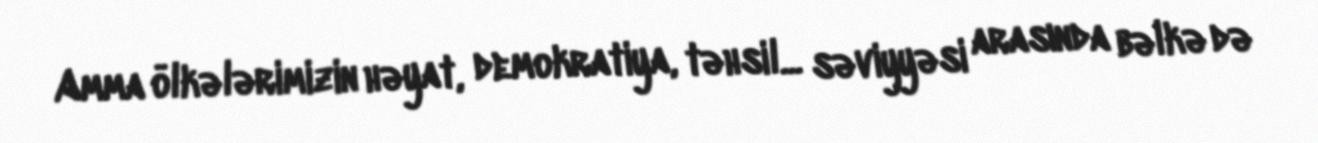
Amma ölkələrimizin həyat, demokratiya, təhsil... səviyyəsi arasında bəlkə də